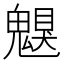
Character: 𩳵